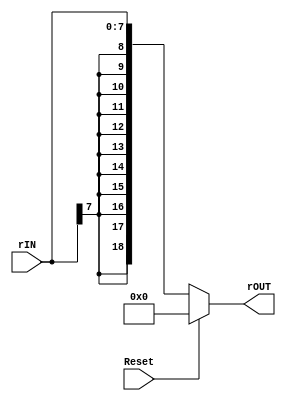
`timescale 1ns / 1ps
//////////////////////////////////////////////////////////////////////////////////
//	Laboratorio de Diseo Digital
// Proyecto de diseo #2
// Acople de entrada de la referencia
// Diego Brenes Martnez
// Francisco Chacn Cambronero
//////////////////////////////////////////////////////////////////////////////////

module Acople_r #(parameter W = 19)(
    input Reset,
    input [7:0] rIN,
    output reg [W-1:0] rOUT
    );

	always @* begin
		if(Reset)
			rOUT <= 19'b0;
		else
			rOUT <= {{11{rIN[7]}}, rIN};
	end

endmodule